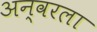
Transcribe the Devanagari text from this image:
अन्वरला